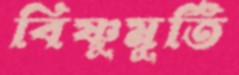
বিষ্ণুমূর্তি